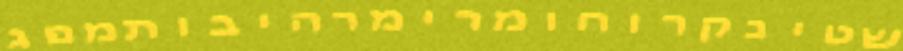
שטינקרוחומרימרהיבותמפג